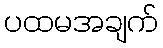
ပထမအချက်